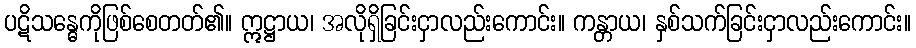
ပဋိသန္ဓေကိုဖြစ်စေတတ်၏။ ဣဋ္ဌာယ၊ အလိုရှိခြင်းငှာလည်းကောင်း။ ကန္တာယ၊ နှစ်သက်ခြင်းငှာလည်းကောင်း။